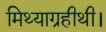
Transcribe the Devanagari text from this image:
मिथ्याग्रहीथी।